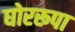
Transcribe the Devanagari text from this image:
घोररूपा